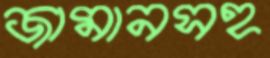
জামানসহ